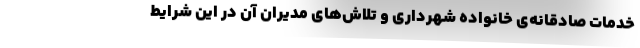
خدمات صادقانه‌ی خانواده شهرداری و تلاش‌های مدیران آن در این شرایط